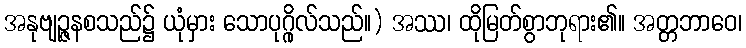
အနုဗျဉ္ဇနစသည်၌ ယုံမှား သောပုဂ္ဂိုလ်သည်။) အဿ၊ ထိုမြတ်စွာဘုရား၏။ အတ္တဘာဝေ၊